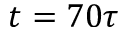
t = 7 0 \tau